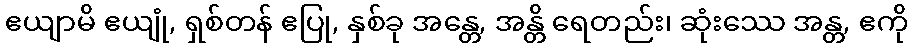
ဧယျာမိ ဧယျုံ, ရှစ်တန် ဧပြု, နှစ်ခု အန္တေ, အန္တိ ရေတည်း၊ ဆုံးဿေ အန္တ, ဧကို